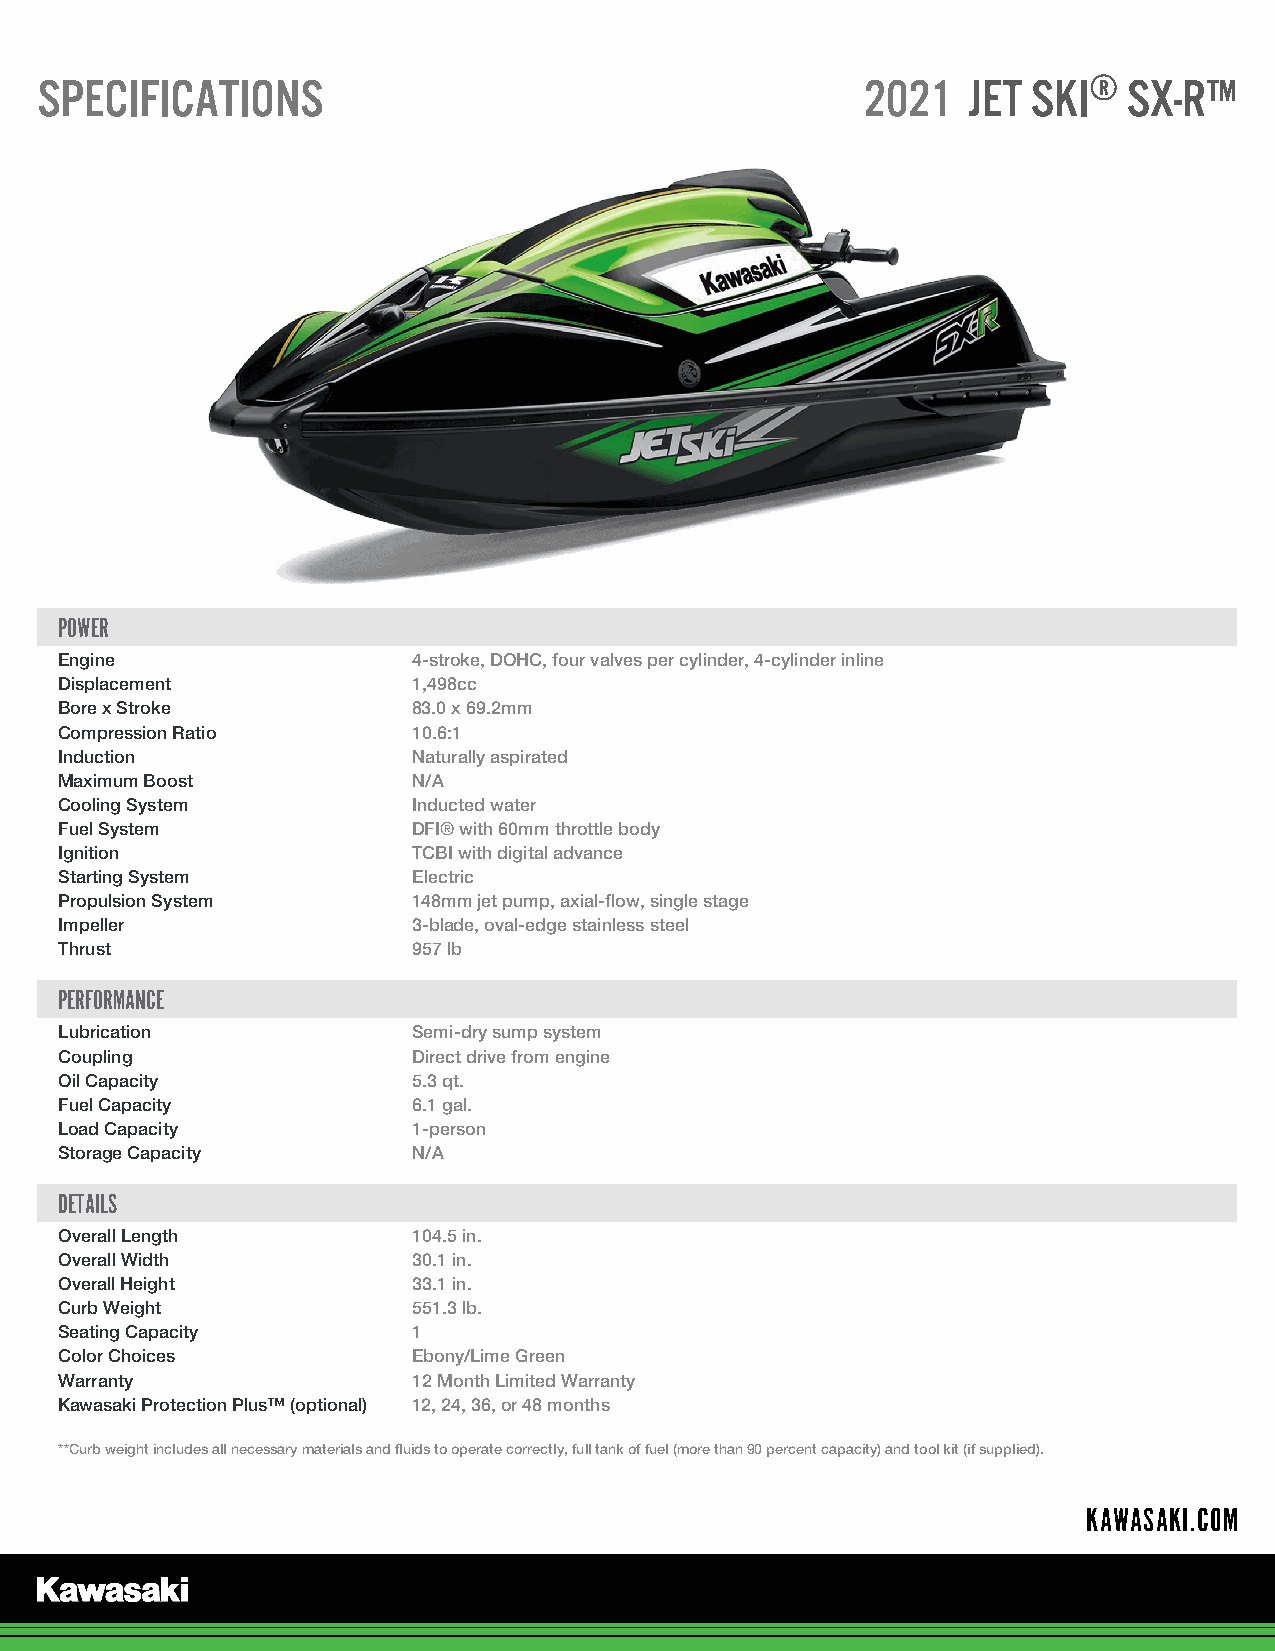
SPECIFICATIONS                                         2021   JET SKI®   SX-R™
 POWER
 Engine                 4-stroke, DOHC, four valves per cylinder, 4-cylinder inline
 Displacement           1,498cc
 Bore x Stroke          83.0 x 69.2mm
 Compression Ratio      10.6:1
 Induction              Naturally aspirated
 Maximum Boost          N/A
 Cooling System         Inducted water
 Fuel System            DFI® with 60mm throttle body
 Ignition               TCBI with digital advance
 Starting System        Electric
 Propulsion System      148mm jet pump, axial-flow, single stage
 Impeller               3-blade, oval-edge stainless steel
 Thrust                 957 lb
 PERFORMANCE
 Lubrication            Semi-dry sump system
 Coupling               Direct drive from engine
 Oil Capacity           5.3 qt.
 Fuel Capacity          6.1 gal.
 Load Capacity          1-person
 Storage Capacity       N/A
 DETAILS
 Overall Length         104.5 in.
 Overall Width          30.1 in.
 Overall Height         33.1 in.
 Curb Weight            551.3 lb.
 Seating Capacity       1
 Color Choices          Ebony/Lime Green
 Warranty               12 Month Limited Warranty
 Kawasaki Protection Plus™ (optional) 12, 24, 36, or 48 months
 **Curb weight includes all necessary materials and fluids to operate correctly, full tank of fuel (more than 90 percent capacity) and tool kit (if supplied).
 KAWASAKI.COM